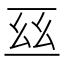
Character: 𠄮